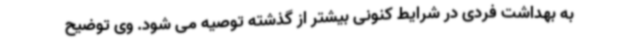
به بهداشت فردی در شرایط کنونی بیشتر از گذشته توصیه می شود. وی توضیح